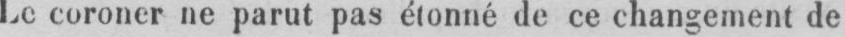
Le coroner ne parut pas étonné de ce changement de